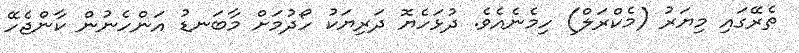
ތެރޭގައި މިޔަރު (މެކްރަލް) ހިމެނެއެވެ. ދުޅަހެޔޮ ދަރިޔަކު ހޯދުމަށް މާބަނޑު އަންހެނުން ކާންޖެހޭ